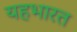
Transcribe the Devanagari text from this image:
यहभारत